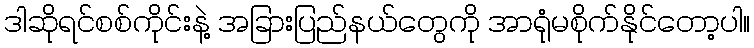
ဒါဆိုရင်စစ်ကိုင်းနဲ့ အခြားပြည်နယ်တွေကို အာရုံမစိုက်နိုင်တော့ပါ။